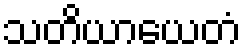
သတိယာယေတံ